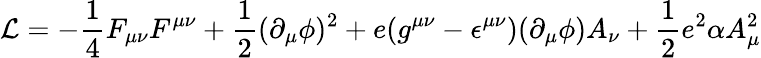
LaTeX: {\cal L}=-\frac{1}{4}F_{\mu\nu}F^{\mu\nu}+\frac{1}{2}(\partial_{\mu}\phi)^{2}+e(g^{\mu\nu}-\epsilon^{\mu\nu})(\partial_{\mu}\phi)A_{\nu}+\frac{1}{2}e^{2}\alpha A_{\mu}^{2}